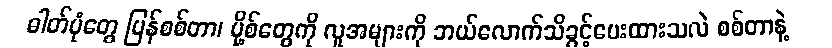
ဓါတ်ပုံတွေ ပြန်စစ်တာ၊ ပို့စ်တွေကို လူအများကို ဘယ်လောက်သိခွင့်ပေးထားသလဲ စစ်တာနဲ့